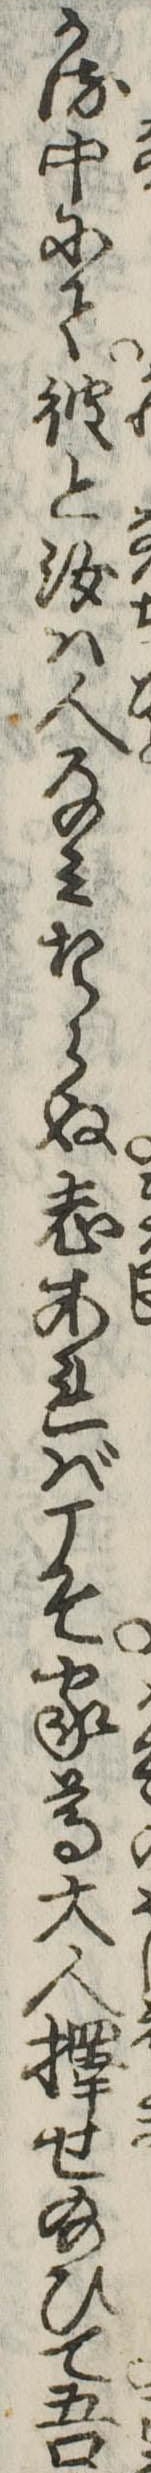
かる中にて彼と汝は人なみならぬ志あればこそ家尊大人択せ給ひて吾